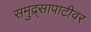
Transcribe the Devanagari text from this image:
समुद्र्सापाटीवर